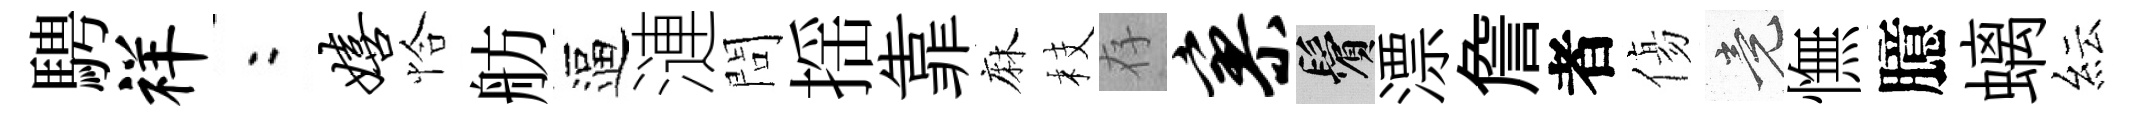
騁祥欸嬉恰舫逼漣問揺靠麻枝存寥鬢漂詹者傷竟憮臆螭紜